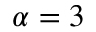
\alpha = 3